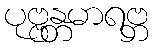
ပုဗ္ဗန္တမာရဗ္ဘ